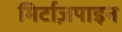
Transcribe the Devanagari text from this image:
मिर्टाज़पाइन